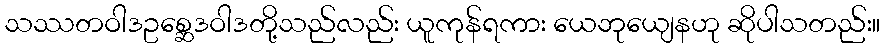
သဿတဝါဒဥစ္ဆေဒဝါဒတို့သည်လည်း ယူကုန်ရကား ယေဘုယျေနဟု ဆိုပါသတည်း။